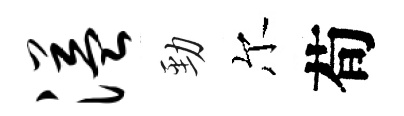
溢勁尔荀